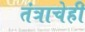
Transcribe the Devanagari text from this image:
तंत्राचेही